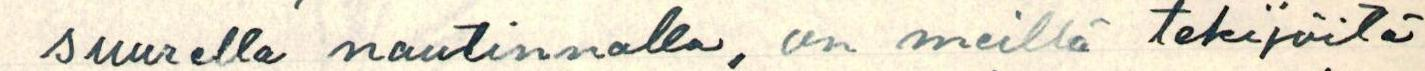
suurella nautinnalla, on meillä tekijöitä